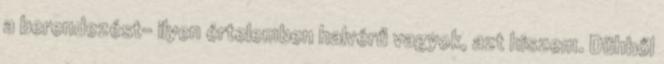
a berendezést- ilyen értelemben halvérű vagyok, azt hiszem. Dühből